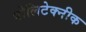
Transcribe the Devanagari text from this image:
पोलिटेक्नीक